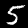
Digit: 5